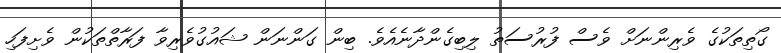
ގޯތިތަކުގެ ވެރިންނަށް ވެސް ފުރުސަތު ލިބިގެންދާނެއެވެ. ބިން ގަންނަން ޝައުގުވެރިވާ ފަރާތްތަކުން ވެށިފަހި